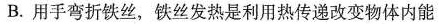
B.用手弯折铁丝，铁丝发热是利用热传递改变物体内能